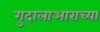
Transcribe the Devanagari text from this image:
गुदालाआराच्या